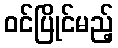
ဝင်ပြိုင်မည့်